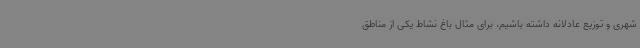
شهری و توزیع عادلانه داشته باشیم، برای مثال باغ نشاط یکی از مناطق